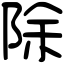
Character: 除